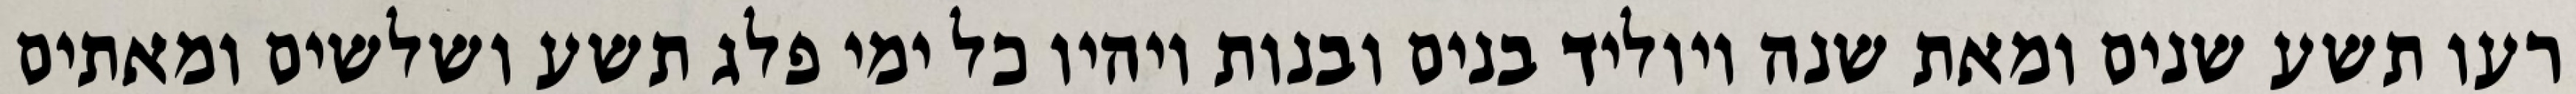
רעו תשע שנים ומאת שנה ויוליד בנים ובנות ויהיו כל ימי פלג תשע ושלשים ומאתים